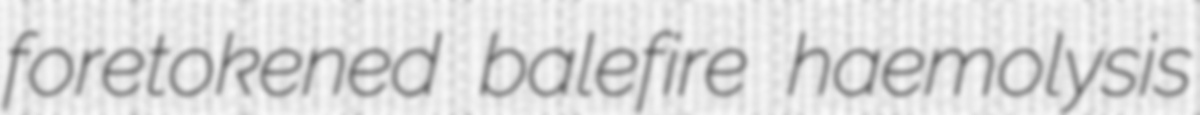
foretokened balefire haemolysis